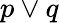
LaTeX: p\vee q